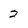
Character: 2